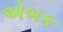
એબક